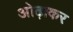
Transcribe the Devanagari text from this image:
ओढ़ाकर